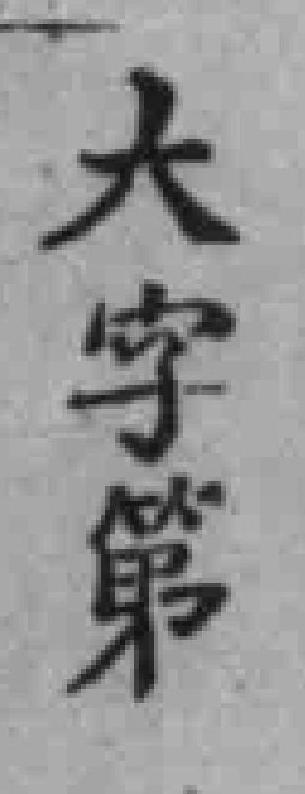
大字第